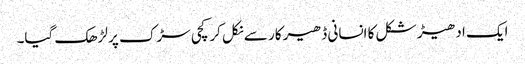
ایک ادھیڑ شکل کا انسانی ڈھیر کار سے نکل کر کچی سڑک پر لڑھک گیا۔